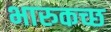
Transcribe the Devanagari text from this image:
भारुकच्छ